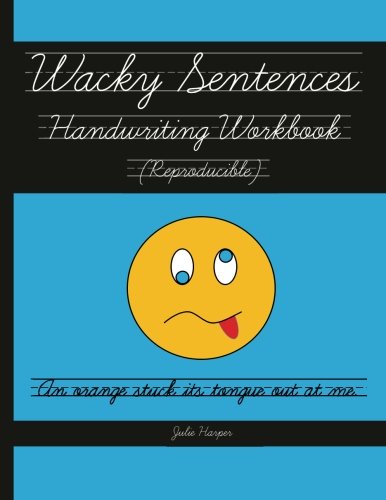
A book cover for Wacky Sentences Handwriting Workbook (Reproducible): Practice Writing in Cursive (Third and Fourth Grade); Julie Harper; Reference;